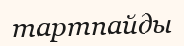
тартпайды